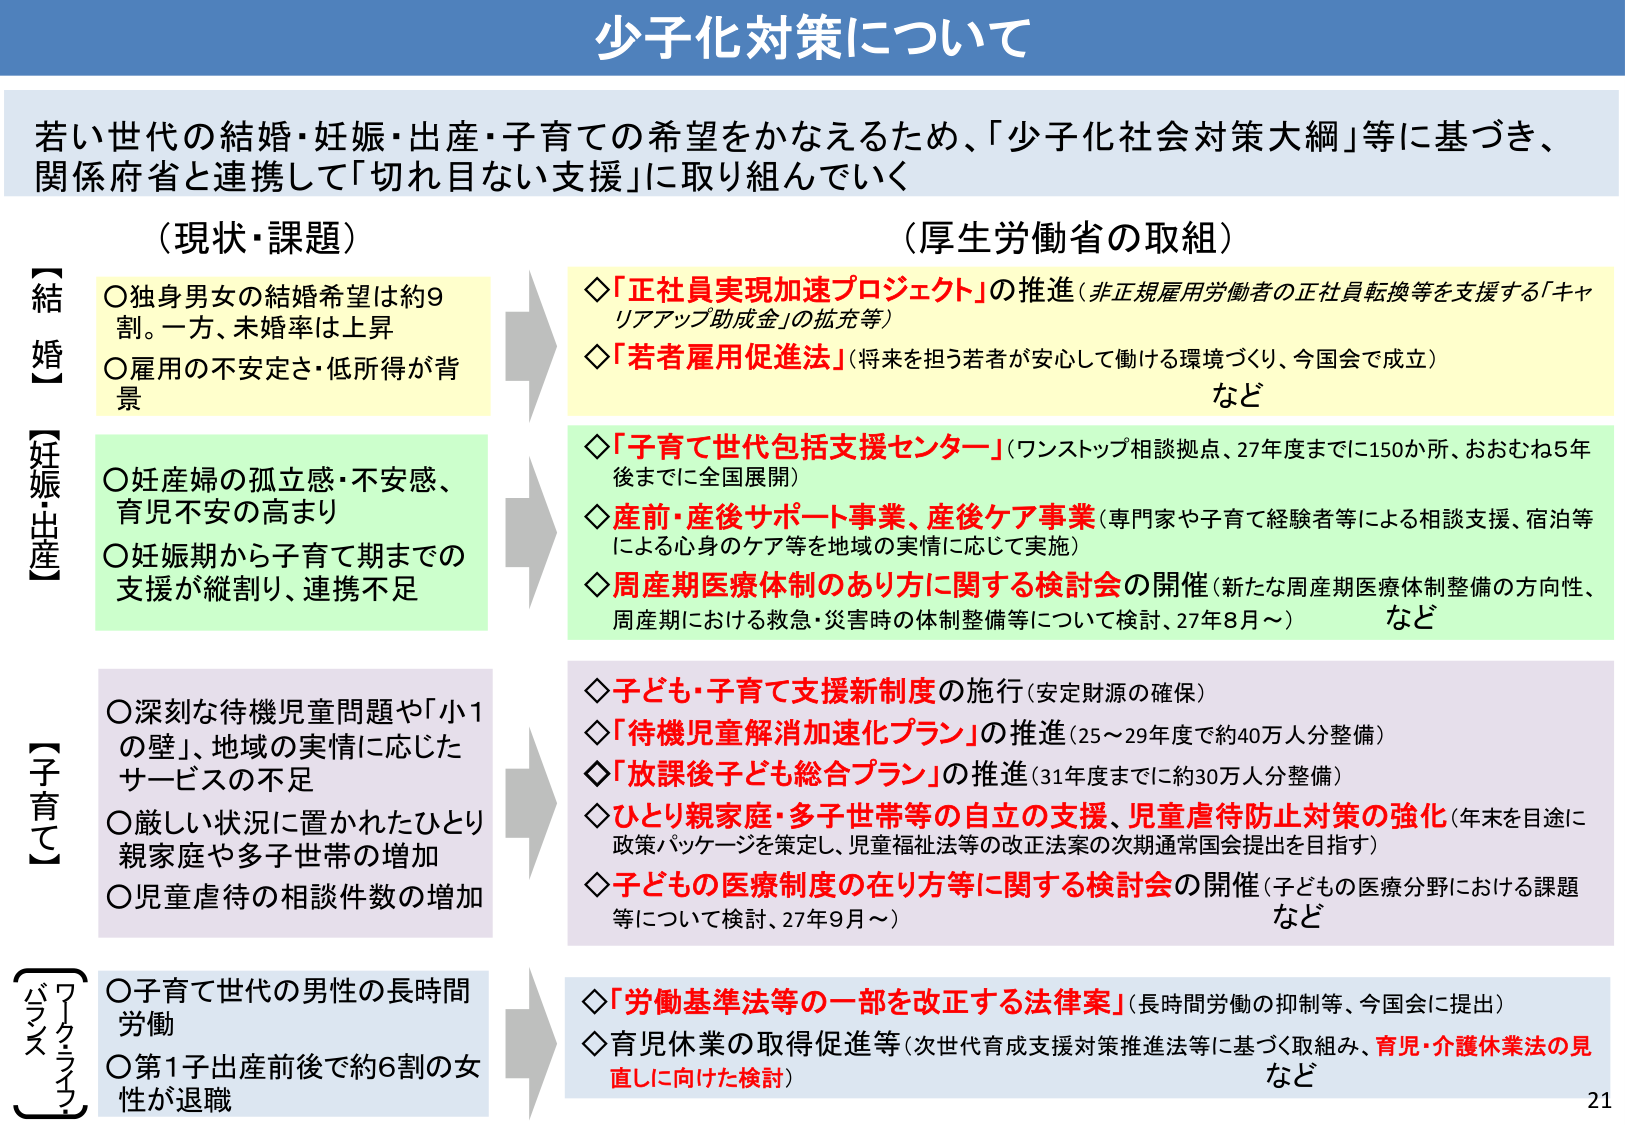
少子化対策について

若い世代の結婚・妊娠・出産・子育ての希望をかなえるため、「少子化社会対策大綱」等に基づき、
関係府省と連携して「切れ目ない支援」に取り組んでいく

（現状・課題）　　　　　　　　　　　　　　　　　　　　（厚生労働省の取組）

【結婚】
〇独身男女の結婚希望は約9割。一方、未婚率は上昇
〇雇用の不安定さ・低所得が背景

【妊娠・出産】
〇妊産婦の孤立感・不安感、育児不安の高まり
〇妊娠期から子育て期までの支援が縦割り、連携不足

【子育て】
〇深刻な待機児童問題や「小1の壁」、地域の実情に応じたサービスの不足
〇厳しい状況に置かれたひとり親家庭や多子世帯の増加
〇児童虐待の相談件数の増加

【ワークライフバランス】
〇子育て世代の男性の長時間労働
〇第1子出産前後で約6割の女性が退職

◇「正社員実現加速プロジェクト」の推進（非正規雇用労働者の正社員転換等を支援する「キャリアアップ助成金」の拡充等）
◇「若者雇用促進法」（将来を担う若者が安心して働ける環境づくり、今国会で成立）
　など

◇「子育て世代包括支援センター」（ワンストップ相談拠点、27年度までに150か所、おおむね5年後までに全国展開）
◇産前・産後サポート事業、産後ケア事業（専門家や子育て経験者等による相談支援、宿泊等による心身のケア等を地域の実情に応じて実施）
◇周産期医療体制のあり方に関する検討会の開催（新たな周産期医療体制整備の方向性、周産期における救急・災害時の体制整備等について検討、27年8月～）
　など

◇子ども・子育て支援新制度の施行（安定財源の確保）
◇「待機児童解消加速化プラン」の推進（25～29年度で約40万人分整備）
◇「放課後子ども総合プラン」の推進（31年度までに約30万人分整備）
◇ひとり親家庭・多子世帯等の自立の支援、児童虐待防止対策の強化（年末を目途に政策パッケージを策定し、児童福祉法等の改正法案の次期通常国会提出を目指す）
◇子どもの医療制度の在り方に関する検討会の開催（子どもの医療分野における課題等について検討、27年9月～）
　など

◇「労働基準法等の一部を改正する法律案」（長時間労働の抑制等、今国会に提出）
◇育児休業の取得促進等（次世代育成支援対策推進法等に基づく取組み、育児・介護休業法の見直しに向けた検討）
　など

21